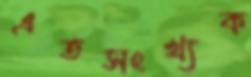
এতসংখ্যক